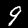
Digit: 9